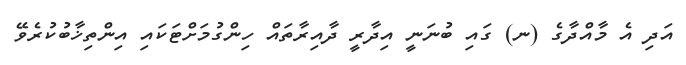
އަދި އެ މާއްދާގެ (ނ) ގައި ބުނަނީ އިދާރީ ދާއިރާތައް ހިންގުމަށްޓަކައި އިންތިޚާބުކުރެވޭ